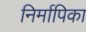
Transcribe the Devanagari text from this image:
निर्मापिका